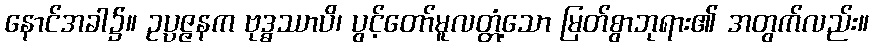
နောင်အခါ၌။ ဥပ္ပဇ္ဇနက ဗုဒ္ဓဿာပိ၊ ပွင့်တော်မူလတ္တံ့သော မြတ်စွာဘုရား၏ အတွက်လည်း။